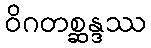
ဝိဂတစ္ဆန္ဒဿ